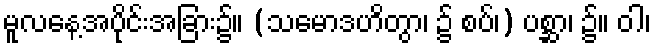
မူလနေ့အပိုင်းအခြား၌။ (သမောဒဟိတွာ၊ ၌ စပ်၊) ပစ္ဆာ၊ ၌။ ဝါ၊